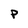
Character: p